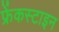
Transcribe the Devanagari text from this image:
फ्रेंकस्टाइन